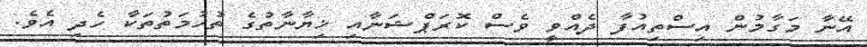
އޭނާ މަގާމުން އިސްތިއުފާ ދެއްވީ ވެސް ކޮރަޕްޝަނާއި ޚިޔާނާތުގެ ތުހުމަތުތަކާ ހެދި އެވެ.